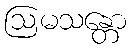
ဩမသန္တော